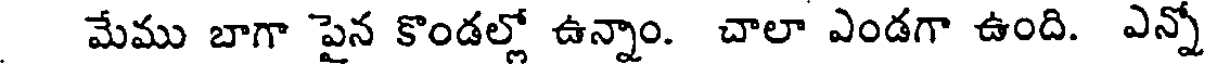
మేము బాగా పైన కొండల్లో ఉన్నాం. చాలా ఎండగా ఉంది. ఎన్నో